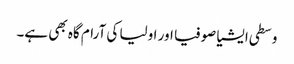
وسطی ایشیا صوفیا اور اولیا کی آرام گاہ بھی ہے۔